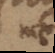
me